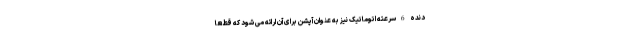
دنده 6 سرعته اتوماتیک نیز به عنوان آپشن برای آن ارائه می شود که قطعا